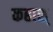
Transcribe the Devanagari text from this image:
कहाश्